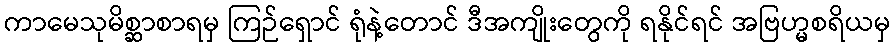
ကာမေသုမိစ္ဆာစာရမှ ကြဉ်ရှောင် ရုံနဲ့တောင် ဒီအကျိုးတွေကို ရနိုင်ရင် အဗြဟ္မစရိယမှ